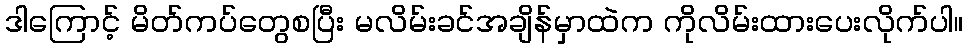
ဒါကြောင့် မိတ်ကပ်တွေစပြီး မလိမ်းခင်အချိန်မှာထဲက ကိုလိမ်းထားပေးလိုက်ပါ။